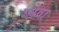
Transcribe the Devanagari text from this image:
ग्लेवा